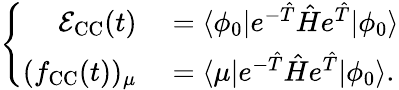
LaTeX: \left\lbrace\begin{array}{rl}{\mathcal{E}_{\mathrm{CC}}(t)}&{{}=\langle\phi_{0}\vert e^{-\hat{T}}\hat{H}e^{\hat{T}}\vert\phi_{0}\rangle}\\ {(f_{\mathrm{CC}}(t))_{\mu}}&{{}=\langle\mu\vert e^{-\hat{T}}\hat{H}e^{\hat{T}}\vert\phi_{0}\rangle.}\end{array}\right.